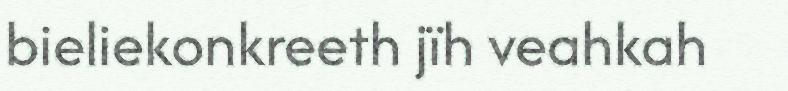
bieliekonkreeth jïh veahkah